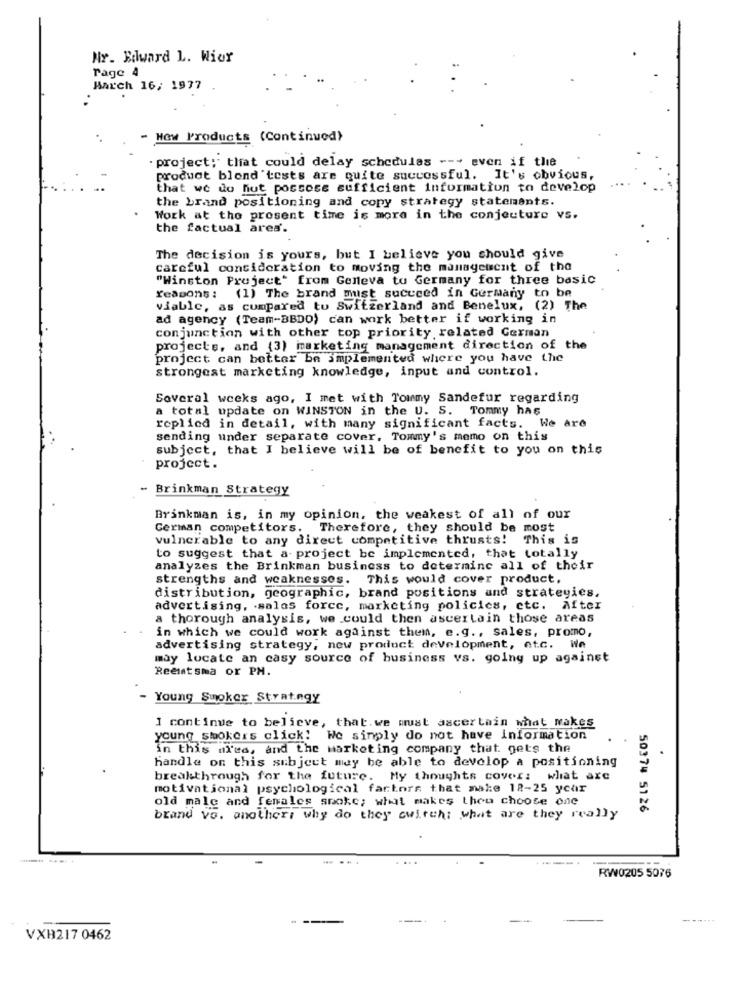
Nr. Edward L. Wier
Page 4
March 16; 1977
New Products (Continued)
project; that could delay schedules --- even if the
product blond 'tests are quite successful. It's obvious,
that we do not poscose sufficient information to develop
the brand positioning and copy strategy statements.
Work at the present time is more in the conjecture vs.
the factual area.
The decision is yours, but I believe you should give
careful consideration to moving the management of the
"Winston Project' from Geneva to Germany for three basic
reasons: (1) The brand must succeed in Germany to be
viable, as compared to Switzerland and Benelux, (2) The
ad agency (Team-BBDO) can work better if working in
conjunction with other top priority related German
projects, and (3) marketing management direction of the
project can better be implemented where you have the
strongest marketing knowledge, input and control.
Several weeks ago, I met with Tommy Sandefur regarding
a total update on WINSTON in the U. S. Tommy has
replied in detail, with many significant facts. We are
sending under separate cover, Tommy's memo on this
subject, that I believe will be of benefit to you on this
project.
Brinkman Strategy
Brinkman is, in my opinion, the weakest of all of our
German competitors. Therefore, they should be most
vulnerable to any direct competitive thrusts! This is
to suggest that a- project be implemented, that totally
analyzes the Brinkman business to determine all of their
strengths and weaknesses. This would cover product,
distribution, geographic, brand positions and strategies.
advertising, sales force, marketing policies, etc. After
a thorough analysis, we could then ascertain those areas
in which we could work against them, e.g ., sales, promo,
advertising strategy, new product development, etc. We
may locate an casy source of business vs. going up against
Reemtsma or PH.
- Young Smoker Strategy
I continue to believe, that.we must ascertain what wakes
young smokers click! We sinply do not have information
in this area, and the marketing company that gets the
handle on this subject may be able to develop a positioning
breakthrough for the future. My thoughts covers what are
motivational psychological factors that make 12-25 ycar
old male and females smoke; what makes then choose one
50374 5126
brand vo. anothers why do they switch; what are they really
.. .....
RW0205 5076
VXB217 0462